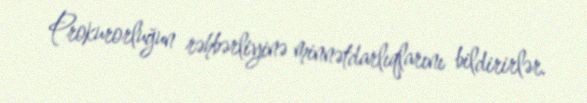
Prokurorluğun rəhbərliyinə minnətdarlıqlarını bildirirlər.